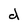
Character: d